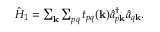
\begin{array} { r } { \hat { H } _ { 1 } = \sum _ { \mathbf k } \sum _ { p q } t _ { p q } ( \mathbf k ) \hat { a } _ { p \mathbf k } ^ { \dagger } \hat { a } _ { q \mathbf k } . } \end{array}